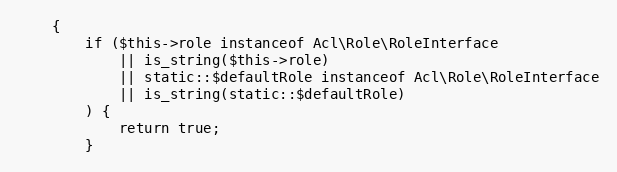
Language: PHP
    {
        if ($this->role instanceof Acl\Role\RoleInterface
            || is_string($this->role)
            || static::$defaultRole instanceof Acl\Role\RoleInterface
            || is_string(static::$defaultRole)
        ) {
            return true;
        }